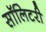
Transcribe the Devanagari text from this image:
सॉलिटरी